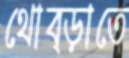
থোব্‌ড়াতে